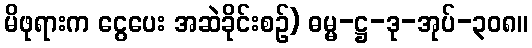
မိဖုရားက ငွေပေး အဆဲခိုင်းစဉ်) ဓမ္မ-ဋ္ဌ-ဒု-အုပ်-၃၀၈။